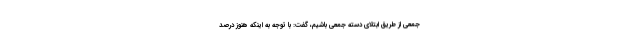
جمعی از طریق ابتلای دسته جمعی باشیم، گفت: با توجه به اینکه هنوز درصد